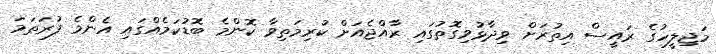
މަޖިލީހުގެ ރައީސް އިތުރަށް ވިދާޅުވިގޮތުގައި ރާއްޖެއަށް ކުރިމަތިވާ ކޮންމެ ބޮޑުކަމެއްގައި އެންމެ ފުރަތަމަ